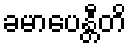
ခမာပေန္တီတိ